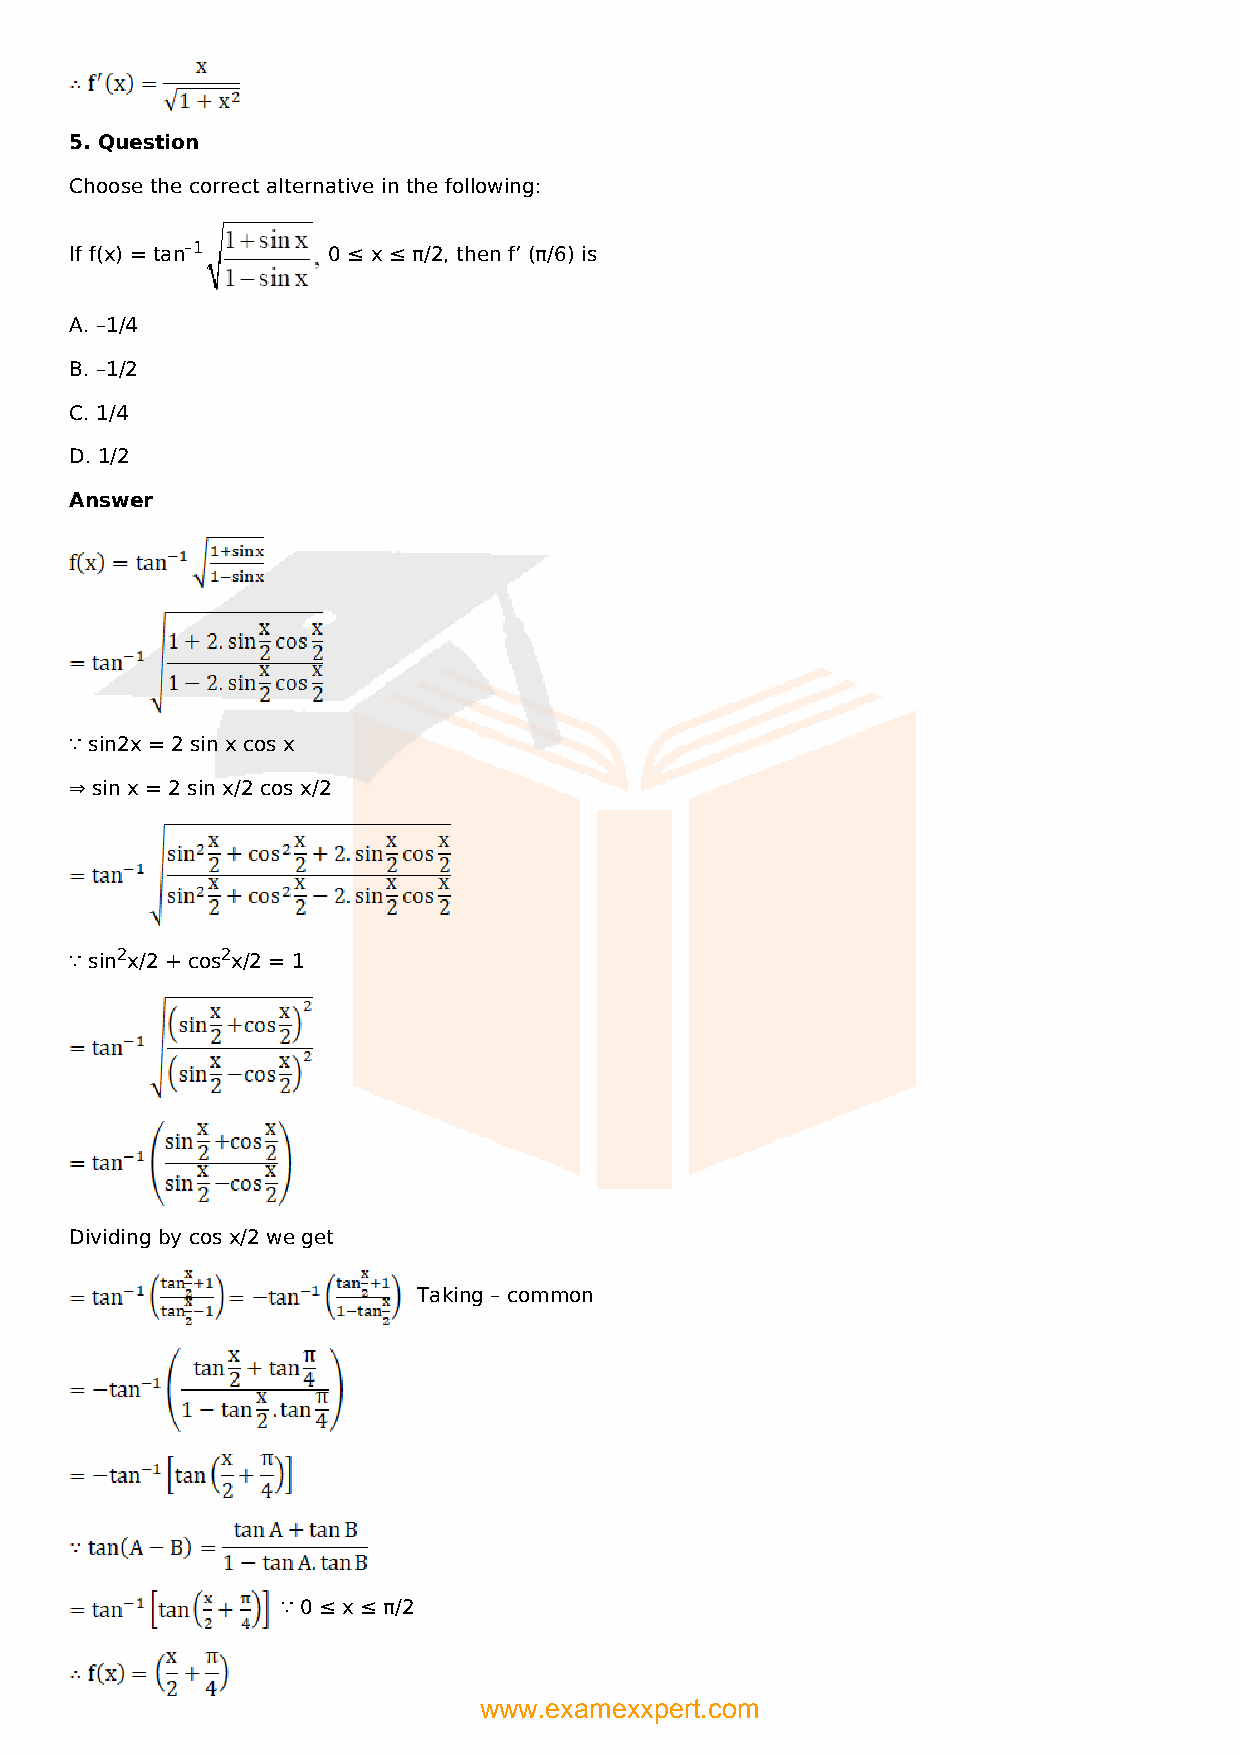
5. Question
 Choose the correct alternative in the following:
 If f(x) = tan–1  0 ≤ x ≤ π/2, then f’ (π/6) is
 A. –1/4
 B. –1/2
 C. 1/4
 D. 1/2
 Answer
 ∵ sin2x = 2 sin x cos x
 ⇒ sin x = 2 sin x/2 cos x/2
 ∵ sin2x/2 + cos2x/2 = 1
 Dividing by cos x/2 we get
 Taking – common
 ∵ 0 ≤ x ≤ π/2
 www.examexxpert.com